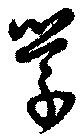
學